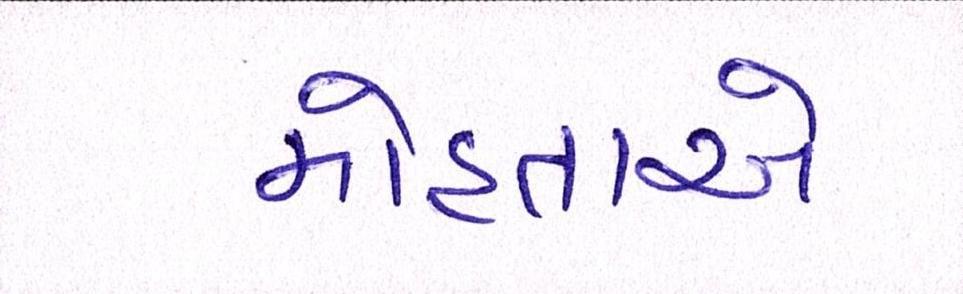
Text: મોહતાએ